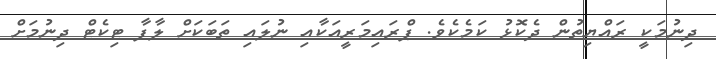
ދިނުމަކީ ރައްޔިތުން ދެކޮޅު ކަމެކެވެ. ޕްރައިމަރީއަކާއި ނުލައި ތަބަކަށް ލާފާ ޓިކެޓް ދިނުމަށް